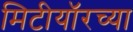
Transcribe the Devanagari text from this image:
मिटीयॉरच्या